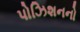
પોઝિશનનો